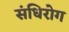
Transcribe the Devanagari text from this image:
संधिरोग